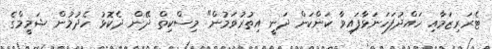
ޓެރަރިޒަމާއި ހައްދުފަހަނަޅާފައިވާ ކަންކަން ދަނީ އިތުރުވަމުން" މިސްކިތް ދޭން ދެކޮޅު ހެދުމުން ޝަމީމްގެ